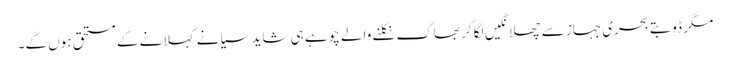
مگر ڈوبتے بحری جہاز سے چھلانگیں لگا کر بھاگ نکلنے والے چوہے ہی شاید سیانے کہلانے کے مستحق ہوں گے۔